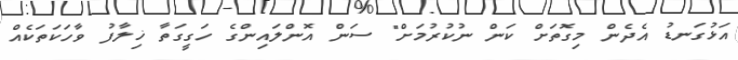
އަޅުގަނޑު އެދެން މިގޮތަށް ކަން ނުކުރުމަށް" ސަން އޮންލައިންގެ ހަގީގަތާ ޚިލާފު ވާހަކަތަކެއް